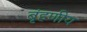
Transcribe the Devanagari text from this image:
बृंहणीय